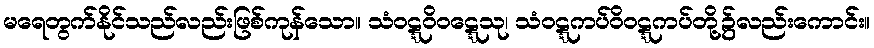
မရေတွက်နိုင်သည်လည်းဖြစ်ကုန်သော။ သံဝဋ္ဋဝိဝဋ္ဋေသု၊ သံဝဋ္ဋကပ်ဝိဝဋ္ဋကပ်တို့၌လည်းကောင်း။